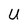
Character: U